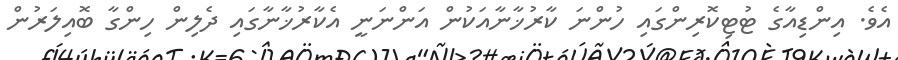
އެވެ. އިންޑިއާގެ ޓުޓިކޮރިންގައި ހުންނަ ކާރުޚާނާއަކުން އަންނަނީ އެކާރުޚާނާގައި ދެލިން ހިންގާ ބޮއިލަރުން